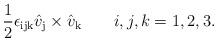
LaTeX: \begin{align*}{1\over 2} \epsilon_{\mathrm{ijk}} \hat v_{\mathrm{j}}\times\hat v_{\mathrm{k}}\qquad i,j,k = 1,2,3.\end{align*}